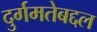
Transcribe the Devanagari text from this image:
दुर्गमतेबद्दल